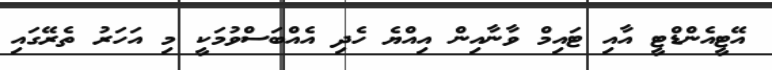
އޭޓީއެންޑްޓީ އާއި ޓައިމް ވާނާއިން އިއްޔެ ހެދި އެއްބަސްވުމަކީ މި އަހަރު ތެރޭގައި